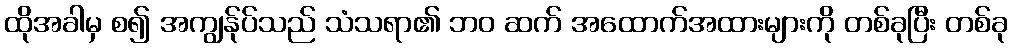
ထိုအခါမှ စ၍ အကျွန်ုပ်သည် သံသရာ၏ ဘဝ ဆက် အထောက်အထားများကို တစ်ခုပြီး တစ်ခု